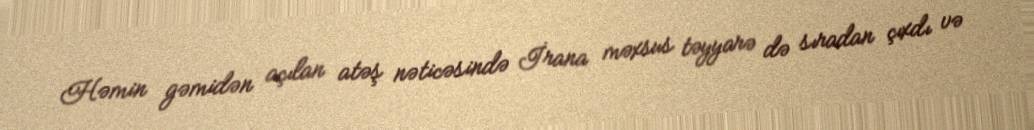
Həmin gəmidən açılan atəş nəticəsində İrana məxsus təyyarə də sıradan çıxdı və